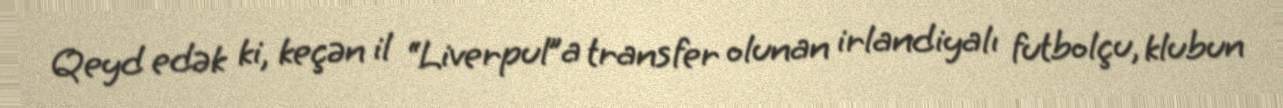
Qeyd edək ki, keçən il “Liverpul”a transfer olunan irlandiyalı futbolçu, klubun